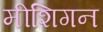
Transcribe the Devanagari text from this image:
मीशिगन